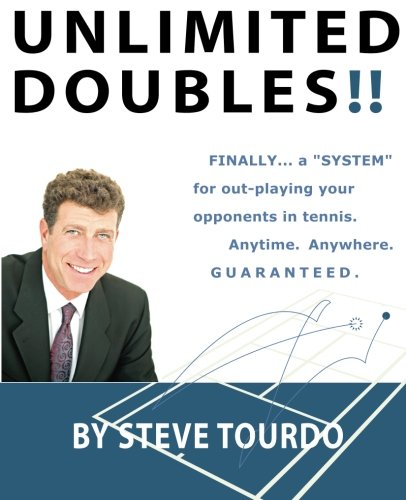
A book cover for Unlimited Doubles!!: Finally...A "System" for out-playing your opponents in tennis. Anytime. Anywhere. GUARANTEED.; Steve Tourdo; Sports & Outdoors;